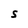
Character: S